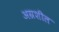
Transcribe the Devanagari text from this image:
अग्रशील